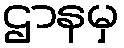
ဌာနမှ